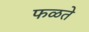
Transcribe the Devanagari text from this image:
फळते